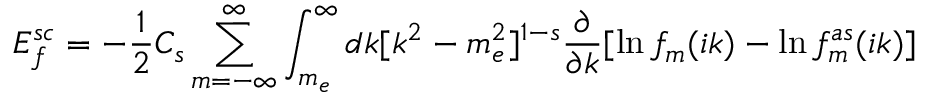
{ \cal E } _ { f } ^ { s c } = - \frac 1 2 C _ { s } \sum _ { m = - \infty } ^ { \infty } \int _ { m _ { e } } ^ { \infty } d k [ k ^ { 2 } - m _ { e } ^ { 2 } ] ^ { 1 - s } \frac { \partial } { \partial k } [ \ln f _ { m } ( i k ) - \ln f _ { m } ^ { a s } ( i k ) ]